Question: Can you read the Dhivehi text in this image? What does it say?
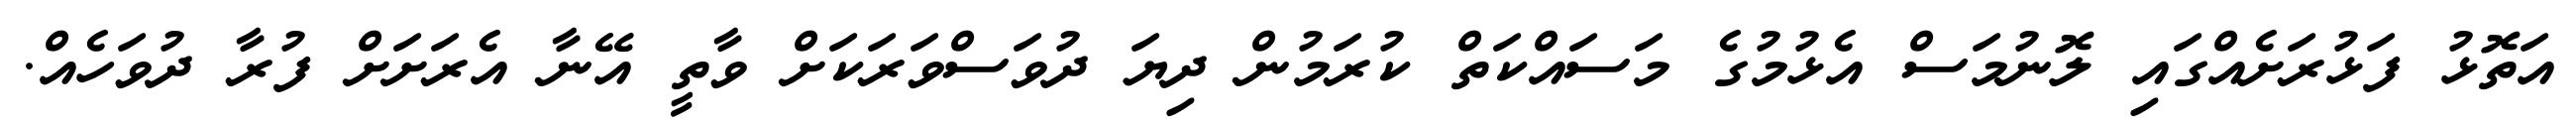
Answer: އަތޮޅު ފަޅުރަށެއްގައި ލޮނުމަސް އެޅުމުގެ މަސައްކަތް ކުރަމުން ދިޔަ ދުވަސްވަރަކަށް ވާތީ އޭނާ އެރަށަށް ފުރާ ދުވަހެއް.